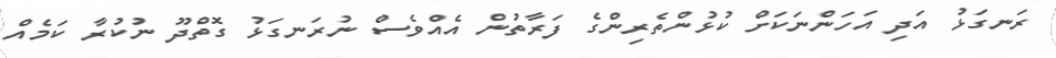
ރަނގަޅު އަދި އަހަންނަކަށް ކުޅުންތެރިންގެ ފަރާތުން އެއްވެސް ނުރަނގަޅު ގޮތްދޫ ނުކުރާ ކަމެއް